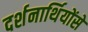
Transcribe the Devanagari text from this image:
दर्शनार्थियोंसे